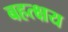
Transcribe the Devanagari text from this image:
बहत्क्षय